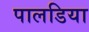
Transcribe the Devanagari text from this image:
पालडिया